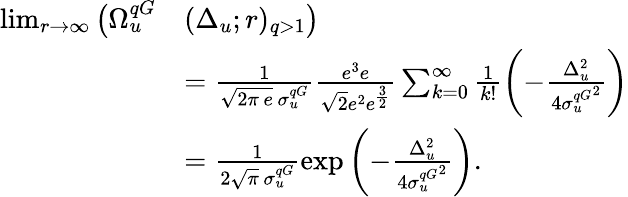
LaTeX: \begin{array}{rl}{\operatorname*{lim}_{r\to\infty}\big(\Omega_{u}^{qG}}&{(\Delta_{u};r)_{q>1}\big)}\\ &{=\frac{1}{\sqrt{2\pi\, e}\, \sigma_{u}^{qG}}\frac{e^{3}e}{\sqrt{2}e^{2}e^{\frac{3}{2}}}\sum_{k=0}^{\infty}\frac{1}{k!}\left(-\frac{\Delta_{u}^{2}}{4{\sigma_{u}^{qG}}^{2}}\right)}\\ &{=\frac{1}{2\sqrt{\pi}\, \sigma_{u}^{qG}}\exp\left(-\frac{\Delta_{u}^{2}}{4{\sigma_{u}^{qG}}^{2}}\right).}\end{array}